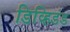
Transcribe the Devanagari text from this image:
डिव्हिडंड